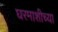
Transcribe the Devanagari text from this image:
घरमाशीच्या